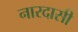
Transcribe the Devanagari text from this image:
नारदासी